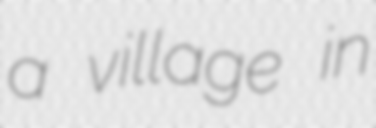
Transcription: a village in